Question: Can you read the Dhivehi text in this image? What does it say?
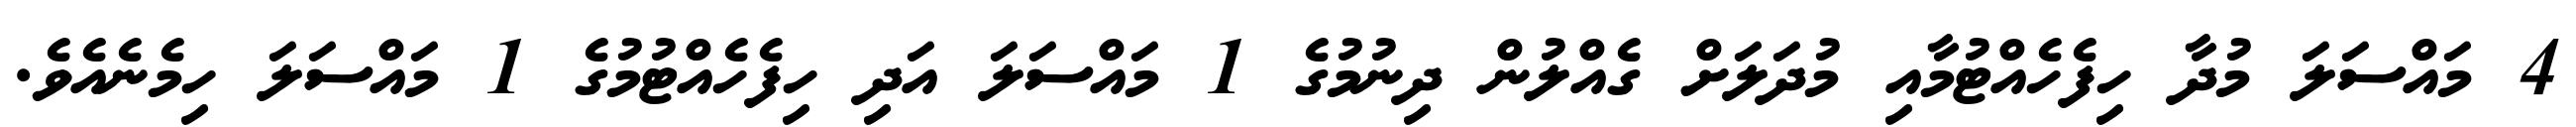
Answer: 4 މައްސަލަ މުދާ ހިފެހެއްޓުމާއި މުދަލަށް ގެއްލުން ދިނުމުގެ 1 މައްސަލަ އަދި ހިފެހެއްޓުމުގެ 1 މައްސަލަ ހިމެނެއެވެ.